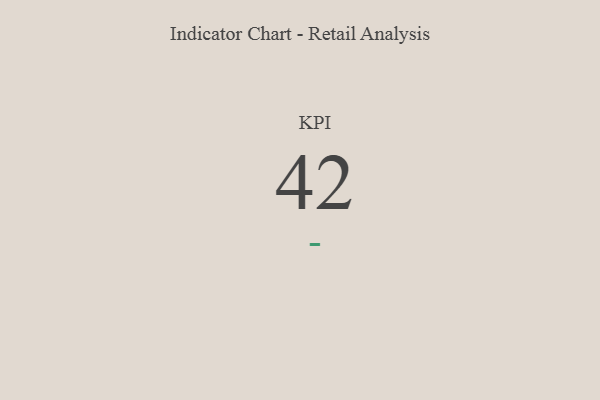
{"axis": {"x": "KPI", "y": "Value"}, "legend": [""], "data": [{"x": "KPI", "y": 42, "type": ""}]}